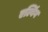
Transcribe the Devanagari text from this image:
एल्बिंग